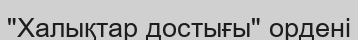
"Халықтар достығы" ордені